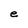
Character: e